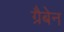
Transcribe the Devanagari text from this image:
ग्रैबेन